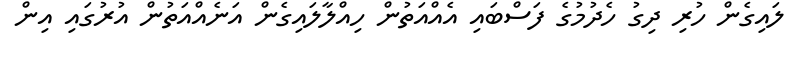
ލައިގެން ހުރި ދިގު ހެދުމުގެ ފަސްބައި އެއްއަތުން ހިއްލާލައިގެން އަނެއްއަތުން އުރުގައި އިން